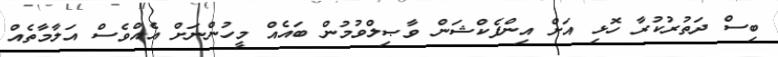
ބިސް ދަތުރުކުރާ ހޮޅި އަށް އިންފެކްޝަން ވާޞިލްވުމުން ބައެއް މީހުންނަށް އެއްވެސް އަލާމާތެއް